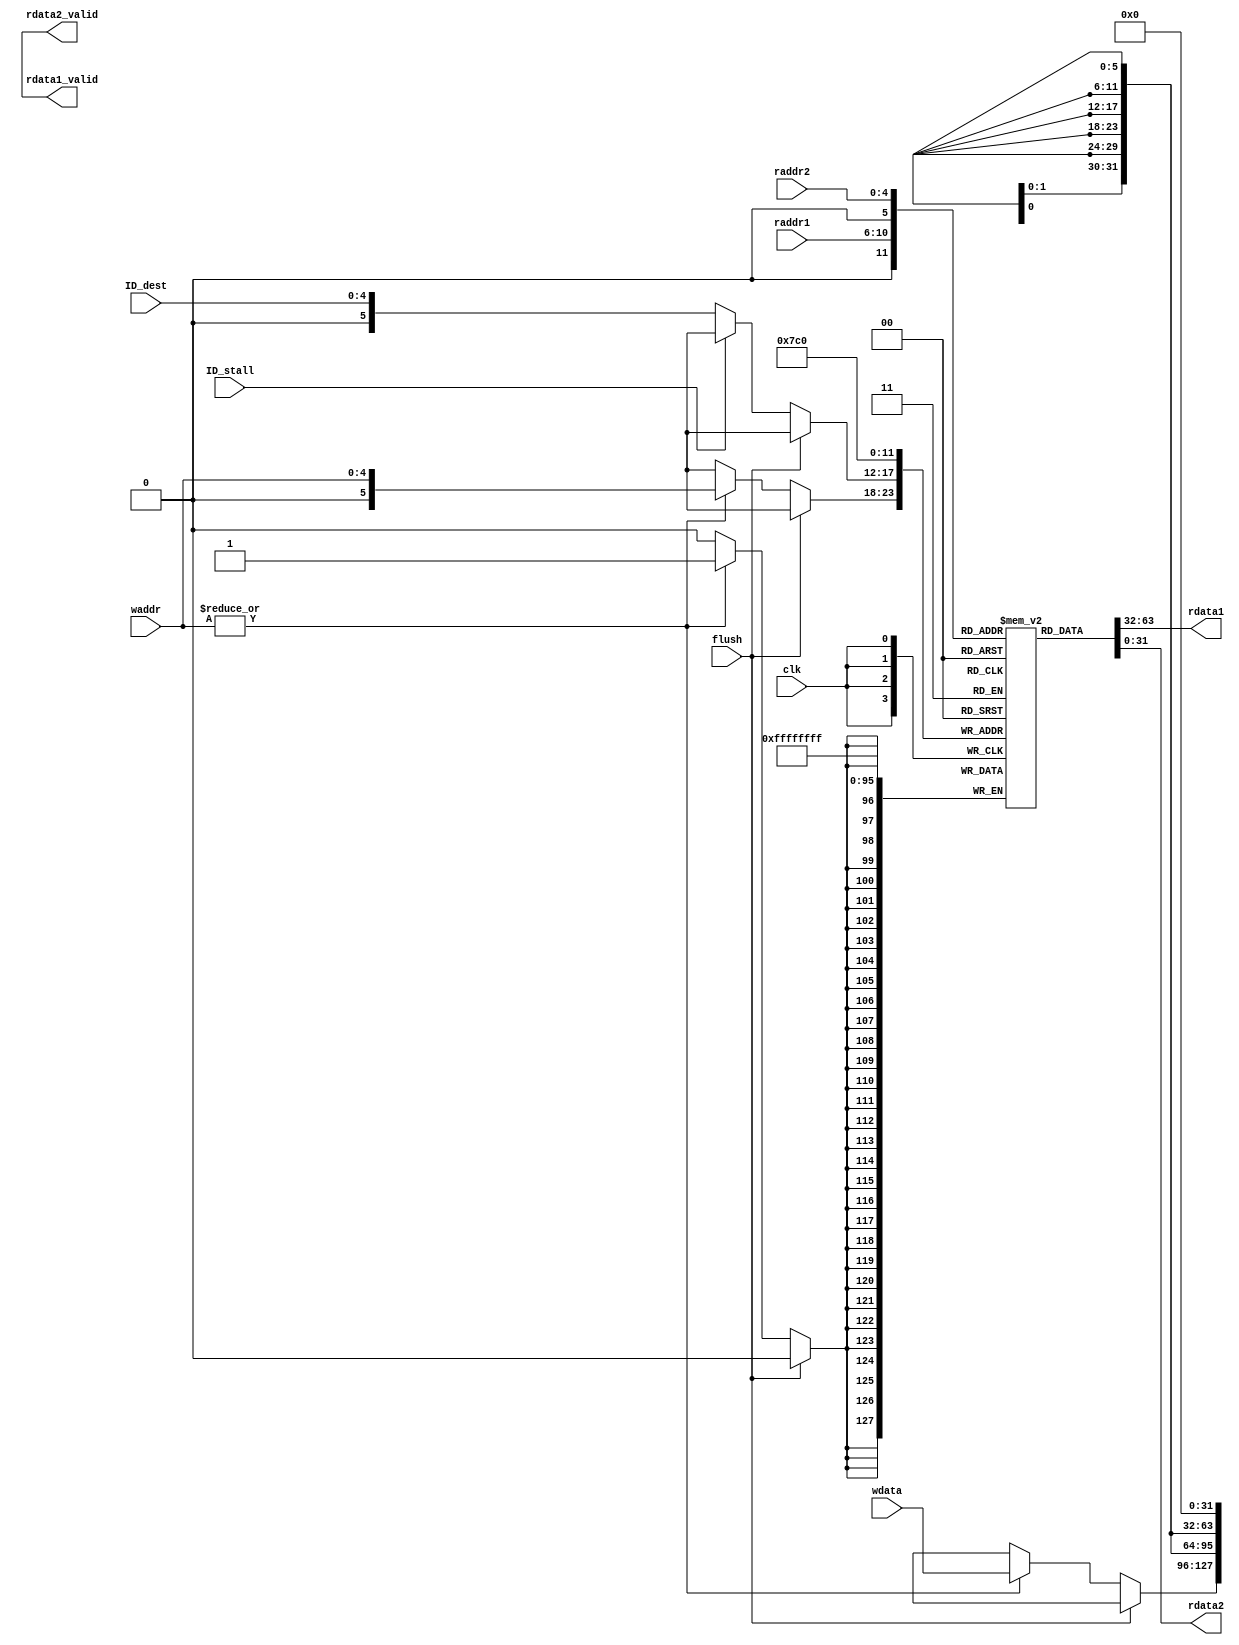
module regfile(
    input         clk,

    input  [4:0]  raddr1,
    output [31:0] rdata1,
	output        rdata1_valid,

    input  [4:0]  raddr2,
    output [31:0] rdata2,
	output        rdata2_valid,

	
	input  		  flush,
    
	input  [4:0]  waddr,
    input  [31:0] wdata,
	input  [4:0]  ID_dest,	//只有ID级不被阻塞，正常向前传递时才将ID_dest的V位清0
	input         ID_stall
);

	reg  [31:0] r [32:0];

	assign rdata1 = r[raddr1][31:0];
	assign rdata2 = r[raddr2][31:0];
	assign rdata1_valid = r[raddr1][32];
	assign rdata2_valid = r[raddr2][32];

	always @(posedge clk)
	begin
		r[0] <= {1'b1, 32'b0};
		if (flush)
			r[31:0][32] <= 1'b1;
		else begin
			if (!ID_stall)
				r[ID_dest][32] = 1'b0;
			
			if (|waddr) begin
				r[waddr] <= {1'b1, wdata};
			end
		end
	end

endmodule